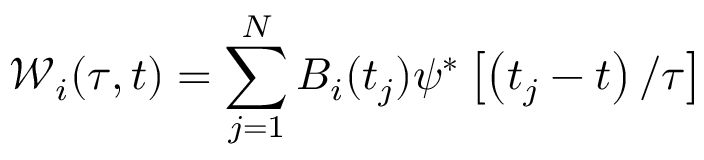
\mathcal { W } _ { i } ( \tau , t ) = \sum _ { j = 1 } ^ { N } B _ { i } ( t _ { j } ) \psi ^ { * } \left[ \left( t _ { j } - t \right) / \tau \right]